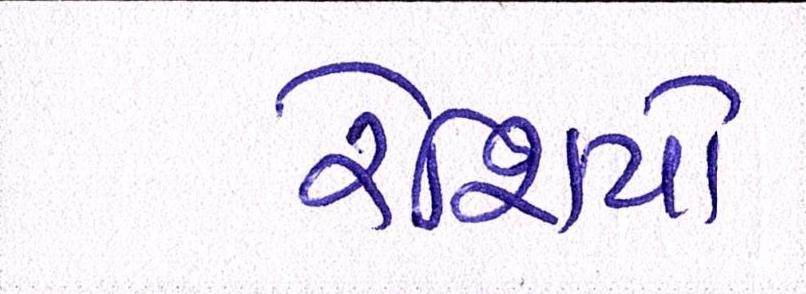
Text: રેશિયો